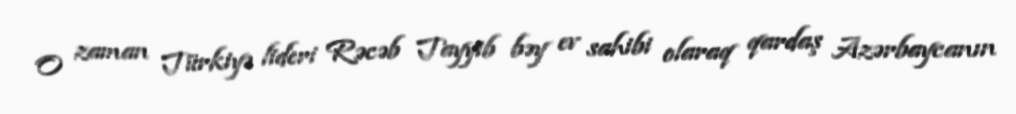
O zaman Türkiyə lideri Rəcəb Tayyib bəy ev sahibi olaraq qardaş Azərbaycanın